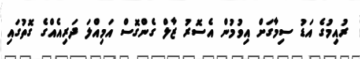
ރުއިމުގެ އަޑު ސިމާގަށް އިވުމުން އެސޮރު ޒާލް ގެންގޮސް އަމިއްލަ ދަރިއެއްގެ ގޮތުގައި